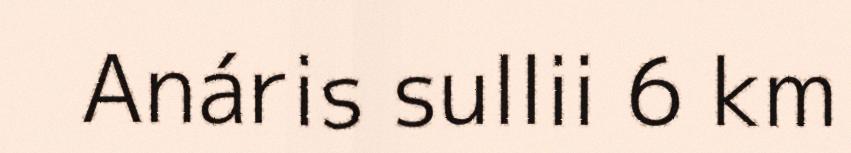
Anáris sullii 6 km